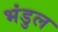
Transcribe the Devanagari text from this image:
भंडुल